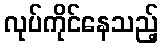
လုပ်ကိုင်နေသည့်